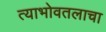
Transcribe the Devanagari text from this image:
त्याभोवतलाचा